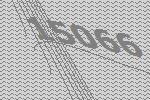
15066